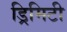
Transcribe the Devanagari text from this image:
ड्रिमिटी